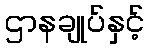
ဌာနချုပ်နှင့်